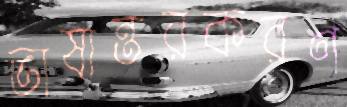
ভাষান্তরকরণ